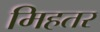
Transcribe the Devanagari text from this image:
मिहतर